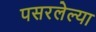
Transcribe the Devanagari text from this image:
पसरलेल्‍या